Elephants and their diseases
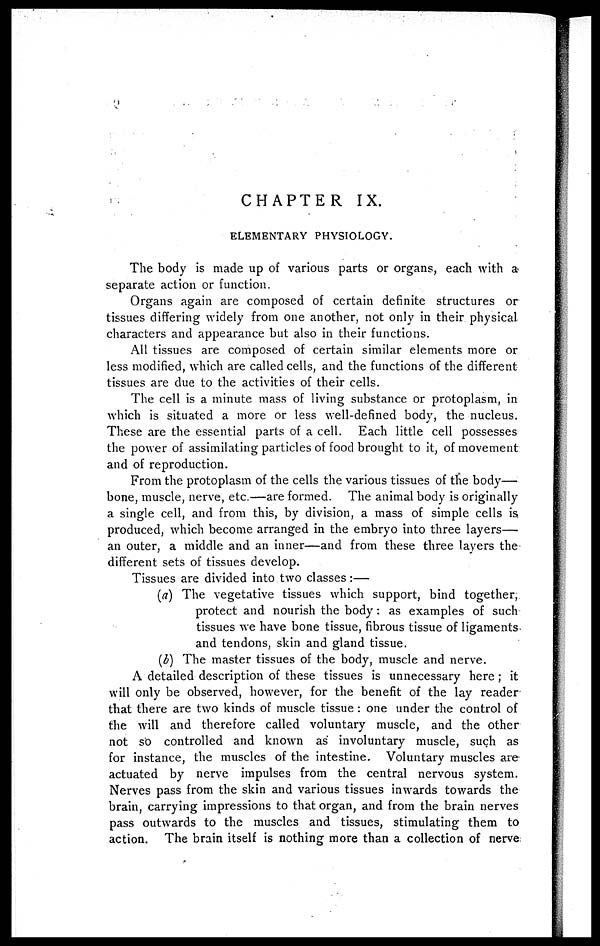
CHAPTER IX.
ELEMENTARY PHYSIOLOGY.
The body is made up of various parts or organs, each with a
separate action or function.
Organs again are composed of certain definite structures or
tissues differing widely from one another, not only in their physical
characters and appearance but also in their functions.
All tissues are composed of certain similar elements more or
less modified, which are called cells, and the functions of the different
tissues are due to the activities of their cells.
The cell is a minute mass of living substance or protoplasm, in
which is situated a more or less well-defined body, the nucleus.
These are the essential parts of a cell. Each little cell possesses
the power of assimilating particles of food brought to it, of movement
and of reproduction.
From the protoplasm of the cells the various tissues of the body—
bone, muscle, nerve, etc.—are formed. The animal body is originally
a single cell, and from this, by division, a mass of simple cells is
produced, which become arranged in the embryo into three layers—
an outer, a middle and an inner—and from these three layers the
different sets of tissues develop.
Tissues are divided into two classes:—
(a) The vegetative tissues which support, bind together,
protect and nourish the body : as examples of such
tissues we have bone tissue, fibrous tissue of ligaments,
and tendons, skin and gland tissue.
(b) The master tissues of the body, muscle and nerve.
A detailed description of these tissues is unnecessary here ; it
will only be observed, however, for the benefit of the lay reader
that there are two kinds of muscle tissue : one under the control of
the will and therefore called voluntary muscle, and the other
not so controlled and known as involuntary muscle, such as
for instance, the muscles of the intestine. Voluntary muscles are
actuated by nerve impulses from the central nervous system.
Nerves pass from the skin and various tissues inwards towards the
brain, carrying impressions to that organ, and from the brain nerves
pass outwards to the muscles and tissues, stimulating them to
action. The brain itself is nothing more than a collection of nerve: